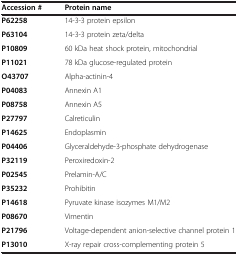
<table><thead><tr><td><b>Accession #</b></td><td><b>Protein name</b></td></tr></thead><tbody><tr><td><b>P62258</b></td><td>14-3-3 protein epsilon</td></tr><tr><td><b>P63104</b></td><td>14-3-3 protein zeta/delta</td></tr><tr><td><b>P10809</b></td><td>60 kDa heat shock protein, mitochondrial</td></tr><tr><td><b>P11021</b></td><td>78 kDa glucose-regulated protein</td></tr><tr><td><b>O43707</b></td><td>Alpha-actinin-4</td></tr><tr><td><b>P04083</b></td><td>Annexin A1</td></tr><tr><td><b>P08758</b></td><td>Annexin A5</td></tr><tr><td><b>P27797</b></td><td>Calreticulin</td></tr><tr><td><b>P14625</b></td><td>Endoplasmin</td></tr><tr><td><b>P04406</b></td><td>Glyceraldehyde-3-phosphate dehydrogenase</td></tr><tr><td><b>P32119</b></td><td>Peroxiredoxin-2</td></tr><tr><td><b>P02545</b></td><td>Prelamin-A/C</td></tr><tr><td><b>P35232</b></td><td>Prohibitin</td></tr><tr><td><b>P14618</b></td><td>Pyruvate kinase isozymes M1/M2</td></tr><tr><td><b>P08670</b></td><td>Vimentin</td></tr><tr><td><b>P21796</b></td><td>Voltage-dependent anion-selective channel protein 1</td></tr><tr><td><b>P13010</b></td><td>X-ray repair cross-complementing protein 5</td></tr></tbody></table>